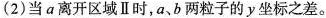
(2)当a离开区域Ⅱ时，a、b两粒子的y坐标之差。